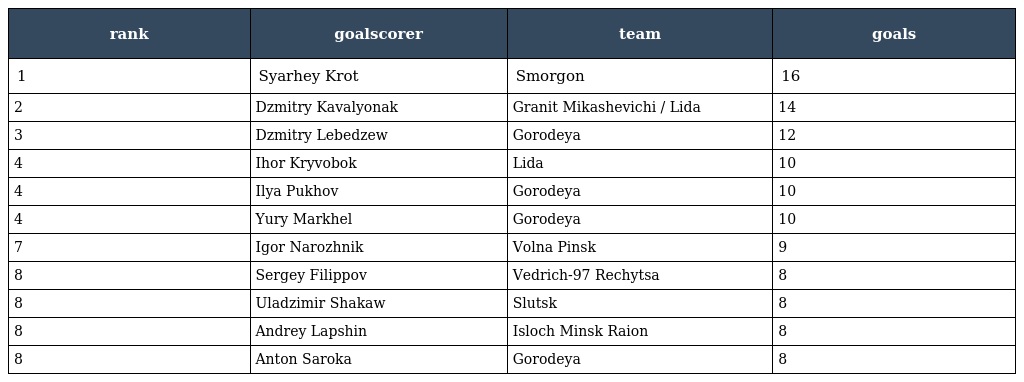
| rank | goalscorer | team | goals |
 | --- | --- | --- | --- |
 | 1 | Syarhey Krot | Smorgon | 16 |
 | 2 | Dzmitry Kavalyonak | Granit Mikashevichi / Lida | 14 |
 | 3 | Dzmitry Lebedzew | Gorodeya | 12 |
 | 4 | Ihor Kryvobok | Lida | 10 |
 | 4 | Ilya Pukhov | Gorodeya | 10 |
 | 4 | Yury Markhel | Gorodeya | 10 |
 | 7 | Igor Narozhnik | Volna Pinsk | 9 |
 | 8 | Sergey Filippov | Vedrich-97 Rechytsa | 8 |
 | 8 | Uladzimir Shakaw | Slutsk | 8 |
 | 8 | Andrey Lapshin | Isloch Minsk Raion | 8 |
 | 8 | Anton Saroka | Gorodeya | 8 |